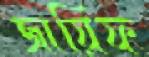
জায়িফ